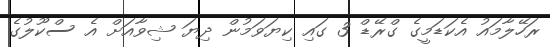
ރަހޭލާމައު އެކަޑަމީގެ ގްރޭޑް 3 ގައި ކިޔަވަމުން ދިޔަ ޝިވާއަށް އެ ސްކޫލުގެ